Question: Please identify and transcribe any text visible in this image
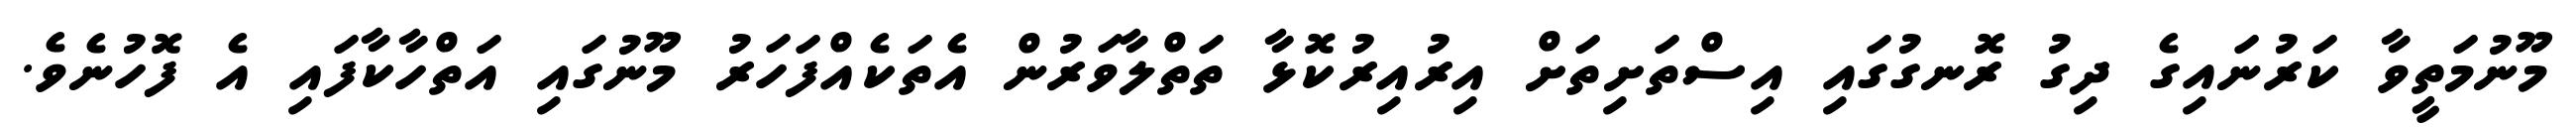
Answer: މޫނުމަތީވާ ކަރުނައިގެ ދިގު ރޮނގުގައި އިސްތަށިތަށް އިރުއިރުކޮޅާ ތަތްލާވަރުން އެތަކެއްފަހަރު މޫނުގައި އަތްހާކާފައި އެ ފޮހުނެވެ.